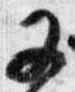
又